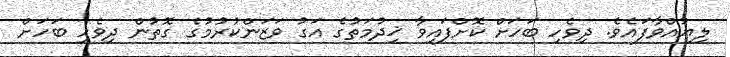
ލިޔުއްވާފައެވެ. ދިވެހި ބަހަށް ކޮށްފައިވާ ޚިދުމަތުގެ އަގު ވަޒަންކުރުމުގެ ގޮތުން ދިވެހި ބަހަށް